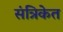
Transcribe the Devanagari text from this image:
संत्रिकेत